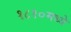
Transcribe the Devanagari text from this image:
१८१०मध्ये